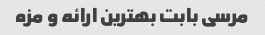
مرسی بابت بهترین ارائه و مزه